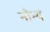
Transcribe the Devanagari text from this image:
नोन्थ